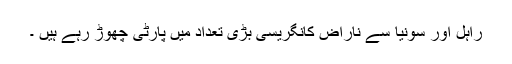
راہل اور سونیا سے ناراض کانگریسی بڑی تعداد میں پارٹی چھوڑ رہے ہیں ۔